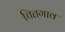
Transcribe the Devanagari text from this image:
चितगाव